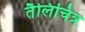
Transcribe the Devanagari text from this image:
तैलिचित्र